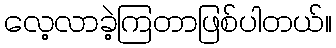
လေ့လာခဲ့ကြတာဖြစ်ပါတယ်။